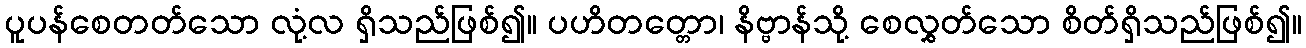
ပူပန်စေတတ်သော လုံ့လ ရှိသည်ဖြစ်၍။ ပဟိတတ္တော၊ နိဗ္ဗာန်သို့ စေလွှတ်သော စိတ်ရှိသည်ဖြစ်၍။